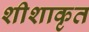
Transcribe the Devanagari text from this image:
शीशाकृत